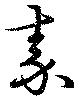
秦